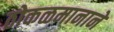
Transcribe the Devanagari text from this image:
ठोकळमानाने